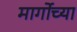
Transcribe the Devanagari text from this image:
मार्गोच्या